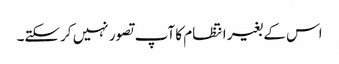
اس کے بغیر انتظام کا آپ تصور نہیں کرسکتے۔